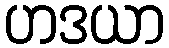
ဟဒယာ